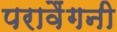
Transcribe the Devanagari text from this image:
परावैंगनी